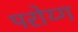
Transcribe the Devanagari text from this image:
परोय्ग